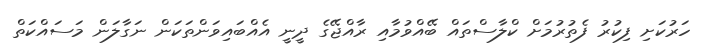
ހަރުކަށި ފިކުރު ފެތުރުމަށް ކްލާސްތައް ބޭއްވުމާއި ރާއްޖޭގެ ދީނީ އެއްބައިވަންތަކަން ނަގާލަން މަސައްކަތް